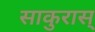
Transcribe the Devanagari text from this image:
साकुरास्